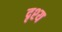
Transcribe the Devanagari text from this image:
दृश्‍य